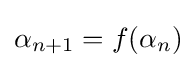
\alpha _{n+1}=f(\alpha _{n})